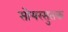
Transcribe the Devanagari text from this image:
सोयरसुतक